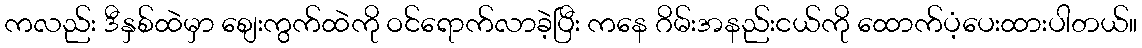
ကလည်း ဒီနှစ်ထဲမှာ စျေးကွက်ထဲကို ဝင်ရောက်လာခဲ့ပြီး ကနေ ဂိမ်းအနည်းငယ်ကို ထောက်ပံ့ပေးထားပါတယ်။